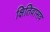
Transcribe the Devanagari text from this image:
क्षितिवासव